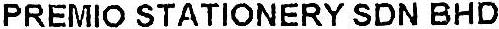
PREMIO STATIONERY SDN BHD